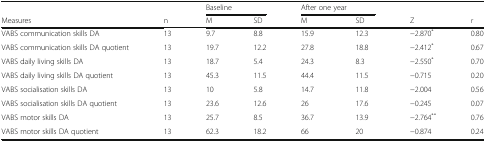
<table><thead><tr><td></td><td></td><td colspan="2"><b>Baseline</b></td><td colspan="2"><b>After one year</b></td><td></td><td></td></tr><tr><td><b>Measures</b></td><td><b>n</b></td><td><b>M</b></td><td><b>SD</b></td><td><b>M</b></td><td><b>SD</b></td><td><b>Z</b></td><td><b><i>r</i></b></td></tr></thead><tbody><tr><td>VABS communication skills DA</td><td>13</td><td>9.7</td><td>8.8</td><td>15.9</td><td>12.3</td><td>−2.870<sup>*</sup></td><td>0.80</td></tr><tr><td>VABS communication skills DA quotient</td><td>13</td><td>19.7</td><td>12.2</td><td>27.8</td><td>18.8</td><td>−2.412<sup>*</sup></td><td>0.67</td></tr><tr><td>VABS daily living skills DA</td><td>13</td><td>18.7</td><td>5.4</td><td>24.3</td><td>8.3</td><td>−2.550<sup>*</sup></td><td>0.70</td></tr><tr><td>VABS daily living skills DA quotient</td><td>13</td><td>45.3</td><td>11.5</td><td>44.4</td><td>11.5</td><td>−0.715</td><td>0.20</td></tr><tr><td>VABS socialisation skills DA</td><td>13</td><td>10</td><td>5.8</td><td>14.7</td><td>11.8</td><td>−2.004</td><td>0.56</td></tr><tr><td>VABS socialisation skills DA quotient</td><td>13</td><td>23.6</td><td>12.6</td><td>26</td><td>17.6</td><td>−0.245</td><td>0.07</td></tr><tr><td>VABS motor skills DA</td><td>13</td><td>25.7</td><td>8.5</td><td>36.7</td><td>13.9</td><td>−2.764<sup>**</sup></td><td>0.76</td></tr><tr><td>VABS motor skills DA quotient</td><td>13</td><td>62.3</td><td>18.2</td><td>66</td><td>20</td><td>−0.874</td><td>0.24</td></tr></tbody></table>